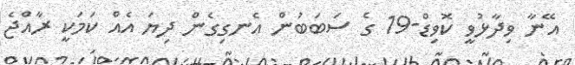
އޭނާ ވިދާޅުވީ ކޮވިޑް-19 ގެ ސަބަބުން އެނގިގެން ދިޔަ އެއް ކަމަކީ ރާއްޖެ